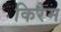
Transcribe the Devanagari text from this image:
किरेम